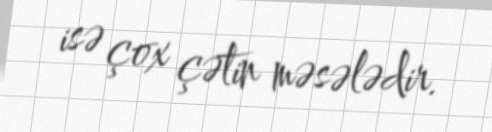
isə çox çətin məsələdir.